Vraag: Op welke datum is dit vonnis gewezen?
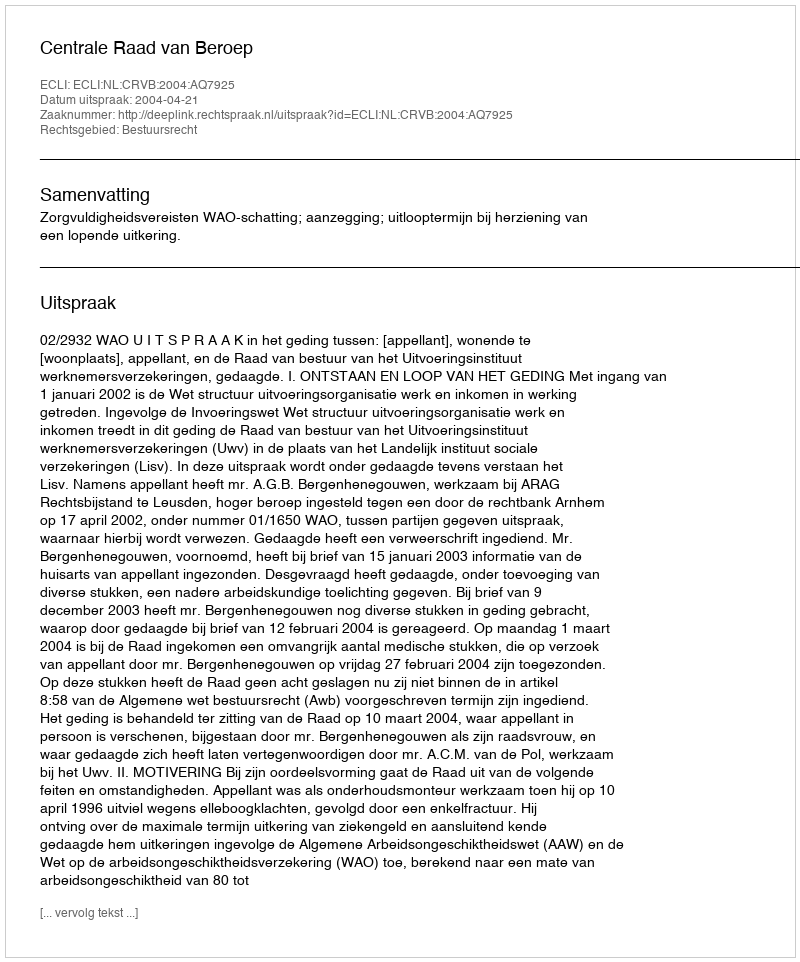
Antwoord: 2004-04-21